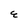
Character: E